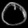
Digit: ၀